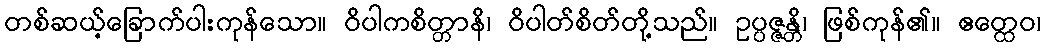
တစ်ဆယ့်ခြောက်ပါးကုန်သော။ ဝိပါကစိတ္တာနိ၊ ဝိပါတ်စိတ်တို့သည်။ ဥပ္ပဇ္ဇန္တိ၊ ဖြစ်ကုန်၏။ ဧတ္ထေဝ၊